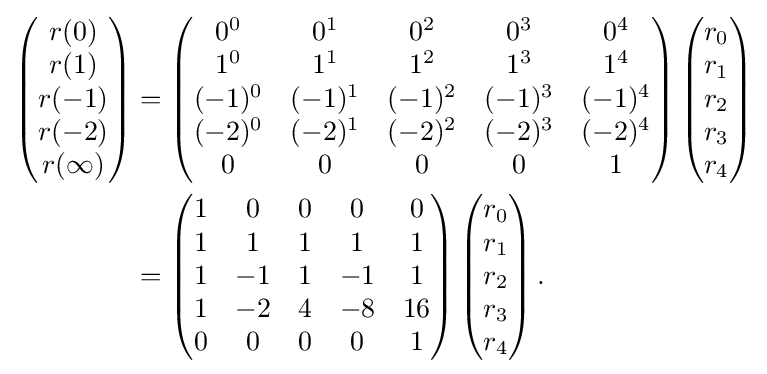
{\begin{aligned}\left({\begin{matrix}r(0)\\r(1)\\r(-1)\\r(-2)\\r(\infty )\end{matrix}}\right)&{}=\left({\begin{matrix}0^{0}&0^{1}&0^{2}&0^{3}&0^{4}\\1^{0}&1^{1}&1^{2}&1^{3}&1^{4}\\(-1)^{0}&(-1)^{1}&(-1)^{2}&(-1)^{3}&(-1)^{4}\\(-2)^{0}&(-2)^{1}&(-2)^{2}&(-2)^{3}&(-2)^{4}\\0&0&0&0&1\end{matrix}}\right)\left({\begin{matrix}r_{0}\\r_{1}\\r_{2}\\r_{3}\\r_{4}\end{matrix}}\right)\\&{}=\left({\begin{matrix}1&0&0&0&0\\1&1&1&1&1\\1&-1&1&-1&1\\1&-2&4&-8&16\\0&0&0&0&1\end{matrix}}\right)\left({\begin{matrix}r_{0}\\r_{1}\\r_{2}\\r_{3}\\r_{4}\end{matrix}}\right).\end{aligned}}